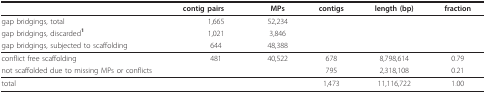
|  | contig pairs | MPs | contigs | length (bp) | fraction |
 | --- | --- | --- | --- | --- | --- |
 | gap bridgings, total | 1,665 | 52,234 |  |  |  |
 | gap bridgings, discarded1 | 1,021 | 3,846 |  |  |  |
 | gap bridgings, subjected to scaffolding | 644 | 48,388 |  |  |  |
 | conflict free scaffolding | 481 | 40,522 | 678 | 8,798,614 | 0.79 |
 | not scaffolded due to missing MPs or conflicts |  |  | 795 | 2,318,108 | 0.21 |
 | total |  |  | 1,473 | 11,116,722 | 1.00 |